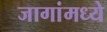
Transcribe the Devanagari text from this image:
जागांमध्ये